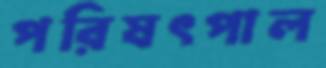
পরিষৎপাল